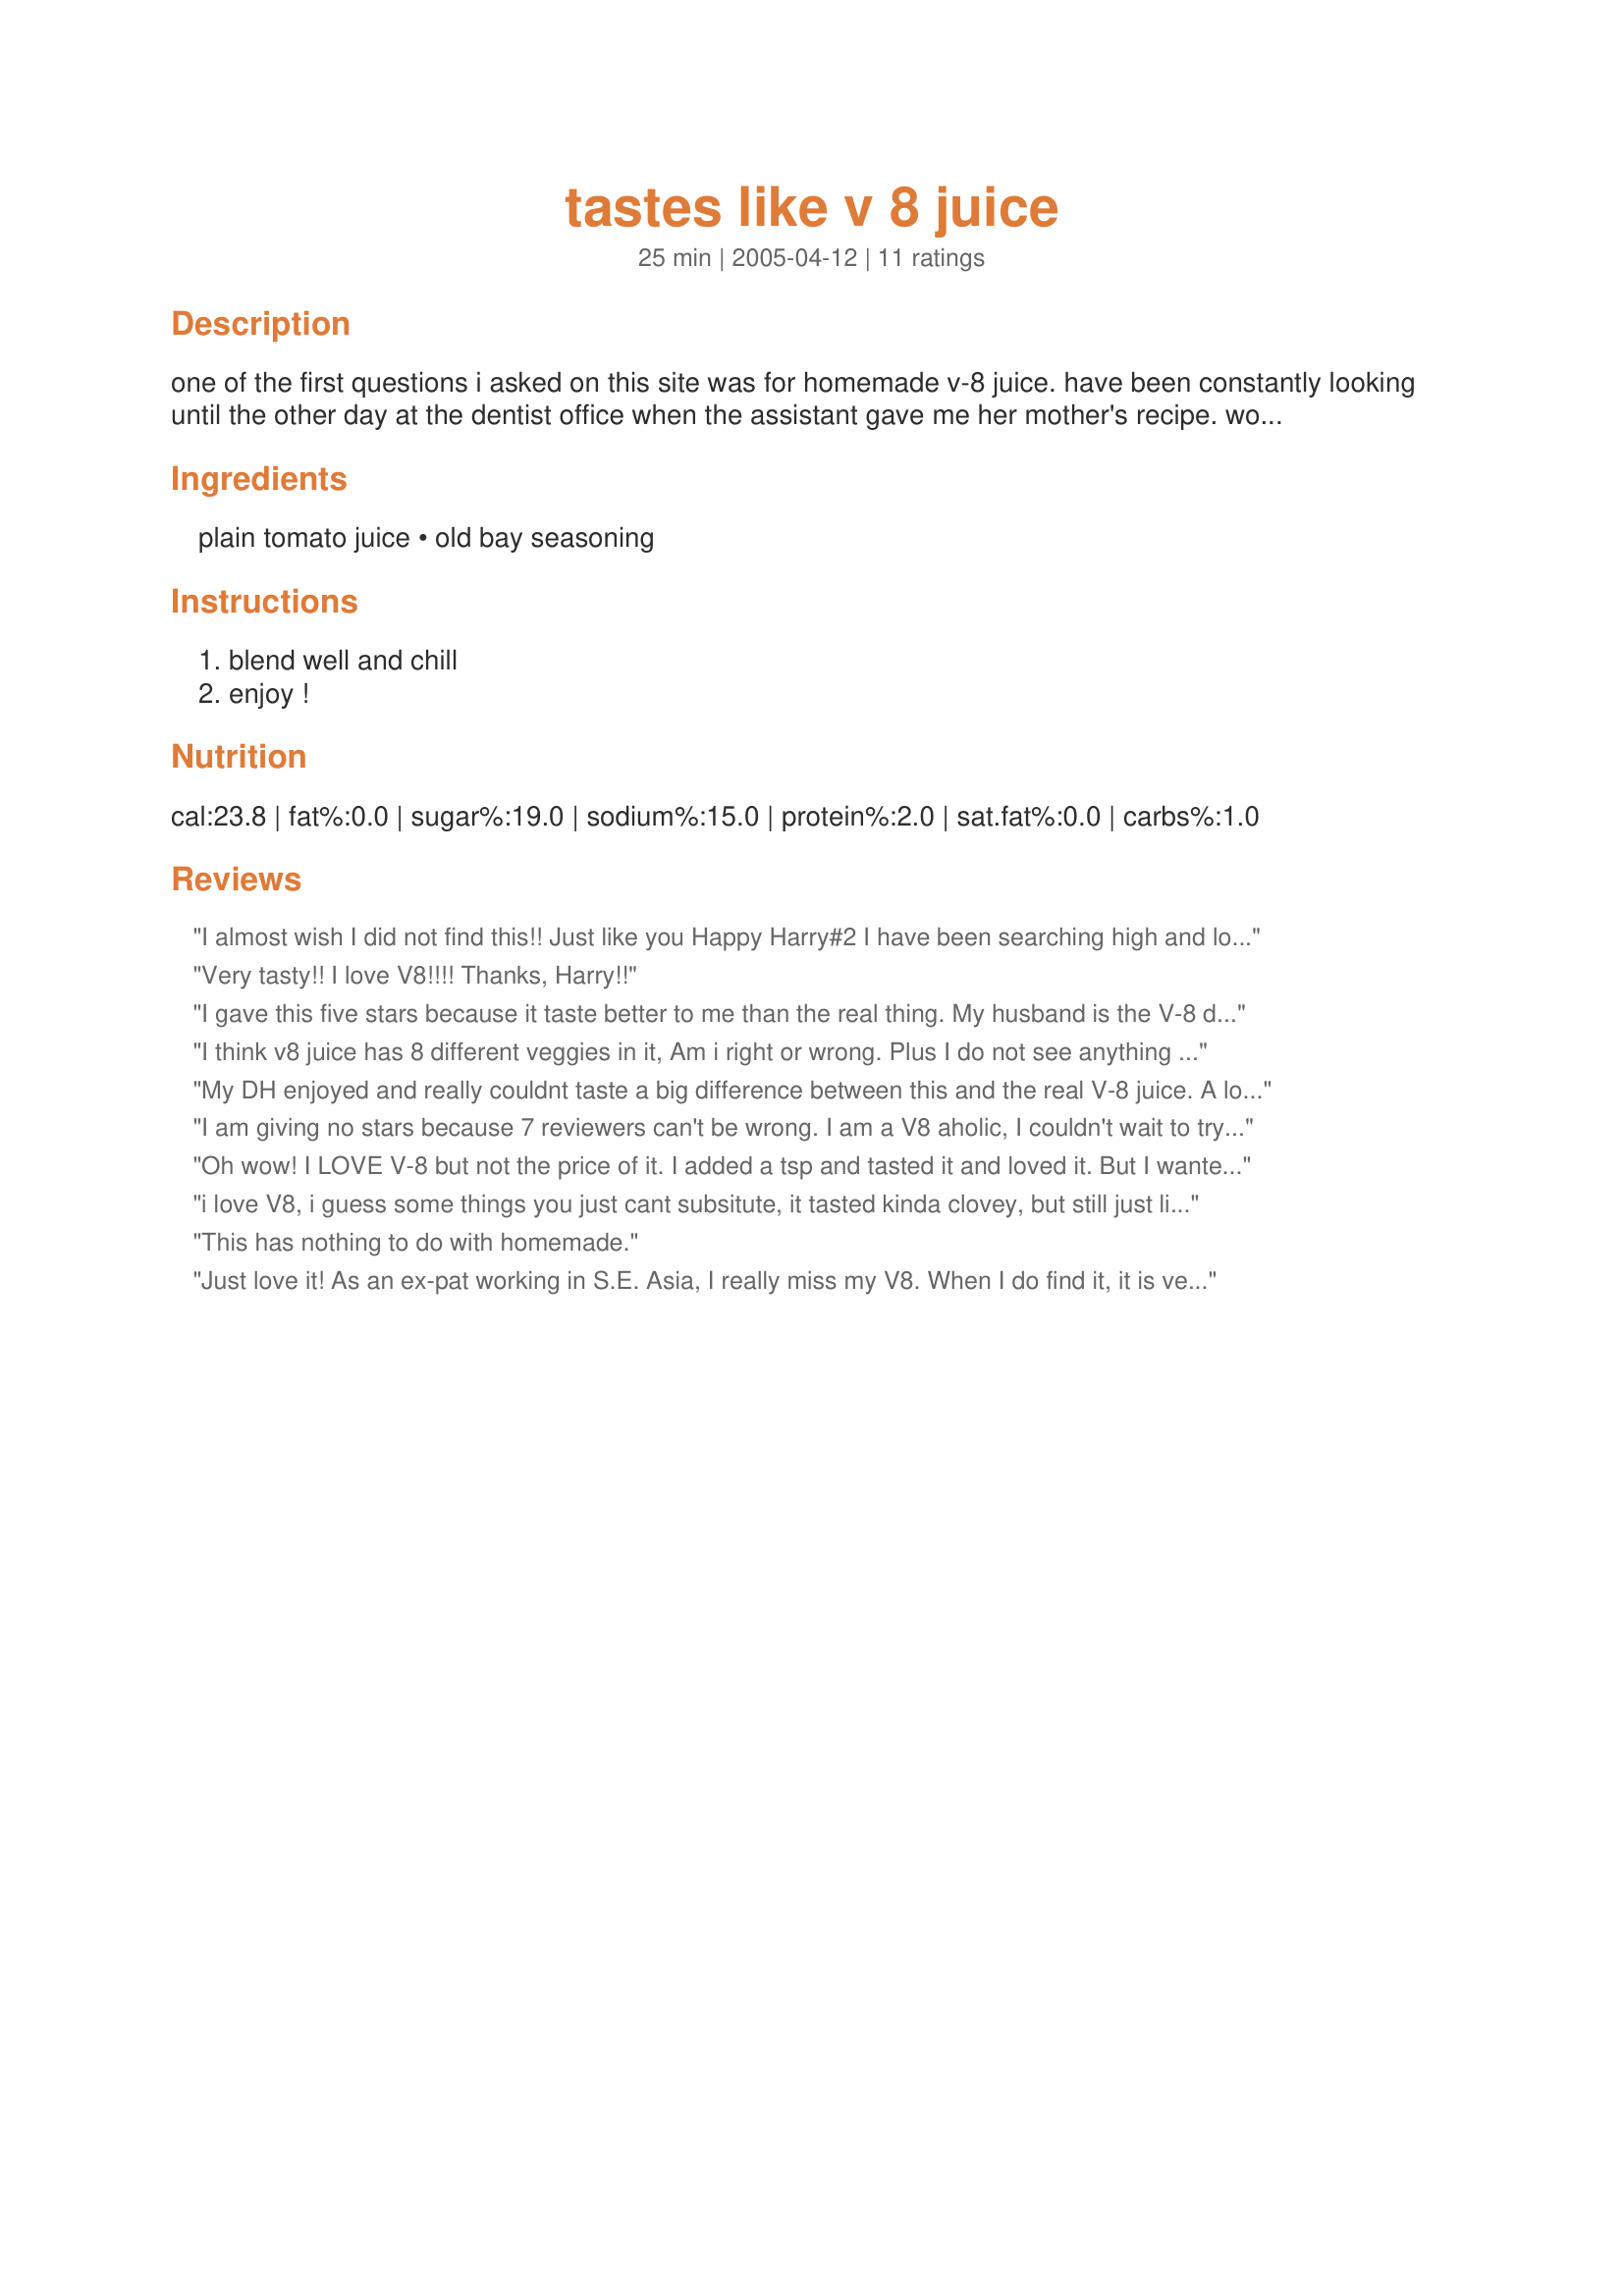
tastes like v 8 juice
Preparation time: 25 minutes

one of the first questions i asked on this site was for homemade v-8 juice. have been constantly looking until the other day at the dentist office when the assistant gave me her mother's recipe. wow!, so simple and so good.07/19/08: update! i made a large pitcher-full today and added about 11/2 tbsp of worcestershire sauce for an added kick. the guys really liked it! me?....still like the original best. 09/16/08: another update: i have now had two different members point out to me that the former name of this name of this recipe, homemade v-8 juice, is a poor choice as it is not homemade.......and i agree, thus the new name.

Ingredients:
plain tomato juice, old bay seasoning

Steps:
blend well and chill, enjoy !

Reviews:
I almost wish I did not find this!! Just like you Happy Harry#2 I have been searching high and low for a V-8 recipe, have made a few different ones, but this gets thumbs up from me, you just posted this and I have already consumed 3 qrts.! Only complaint is I find it a tad 'clove-y', not sure if regular V-8 contains cloves, but one other recipe I made in the past for a 'spicy V-8' contained cloves also. I would recommend using low-sodium Tomato juice, if the next person who makes this is a confirmed V-8 addict like myself! 
THANK YOU HAPPY HARRY#2!!!
Very tasty!! I love V8!!!! Thanks, Harry!!
I gave this five stars because it taste better to me than the real thing. My husband is the V-8 drinker in our house. I usually drink plain tomato because I don't like a certain flavor that V-8 has but this drink doesn't have that. 

Thanks Happy Harry #2.

Bullwinkle
I think v8 juice has 8 different veggies in it, Am i right or wrong. Plus I do not see anything homemade with this recipe.
My DH enjoyed and really couldnt taste a big difference between this and the real V-8 juice. A lot less expensive too!
I am giving no stars because 7 reviewers can't be wrong. I am a V8 aholic, I couldn't wait to try this recipe, I was disappointed I didn't think it tasted like V8. To me it tasted like tomato juice with cloves in it. & reviewers can't be wrong, try it. Sorry HH#2
Oh wow! I LOVE V-8 but not the price of it. I added a tsp and tasted it and loved it. But I wanted a bit more kick so I added another 1/2 tsp. I love the V-8 spicy and the V-8 lemon twist so I bet some hot sauce and lemon juice would be awesome added to it. A do over recipe! Thanks for a winner Happy Harry!!
i love V8, i guess some things you just cant subsitute, it tasted kinda clovey, but still just like plain ol' tomato juice, which is ok, but the extra salt isnt worth it
This has nothing to do with homemade.
Just love it! As an ex-pat working in S.E. Asia, I really miss my V8. When I do find it, it is very expensive. Now I can enjoy it at all times. Thanks for sharing. You made my day.
This gave it the extra boost,,yummy
